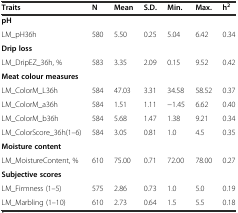
<table><thead><tr><td><b>Traits</b></td><td><b>N</b></td><td><b>Mean</b></td><td><b>S.D.</b></td><td><b>Min.</b></td><td><b>Max.</b></td><td><b>h<sup>2</sup></b></td></tr></thead><tbody><tr><td><b>pH</b></td><td></td><td></td><td></td><td></td><td></td><td></td></tr><tr><td>LM_pH36h</td><td>580</td><td>5.50</td><td>0.25</td><td>5.04</td><td>6.42</td><td>0.34</td></tr><tr><td><b>Drip loss</b></td><td></td><td></td><td></td><td></td><td></td><td></td></tr><tr><td>LM_DripEZ_36h, %</td><td>583</td><td>3.35</td><td>2.09</td><td>0.15</td><td>9.52</td><td>0.42</td></tr><tr><td><b>Meat colour measures</b></td><td></td><td></td><td></td><td></td><td></td><td></td></tr><tr><td>LM_ColorM_L36h</td><td>584</td><td>47.03</td><td>3.31</td><td>34.58</td><td>58.52</td><td>0.37</td></tr><tr><td>LM_ColorM_a36h</td><td>584</td><td>1.51</td><td>1.11</td><td>−1.45</td><td>6.62</td><td>0.40</td></tr><tr><td>LM_ColorM_b36h</td><td>584</td><td>5.68</td><td>1.47</td><td>1.38</td><td>9.21</td><td>0.34</td></tr><tr><td>LM_ColorScore_36h(1–6)</td><td>584</td><td>3.05</td><td>0.81</td><td>1.0</td><td>4.5</td><td>0.35</td></tr><tr><td><b>Moisture content</b></td><td></td><td></td><td></td><td></td><td></td><td></td></tr><tr><td>LM_MoistureContent, %</td><td>610</td><td>75.00</td><td>0.71</td><td>72.00</td><td>78.00</td><td>0.27</td></tr><tr><td><b>Subjective scores</b></td><td></td><td></td><td></td><td></td><td></td><td></td></tr><tr><td>LM_Firmness (1–5)</td><td>575</td><td>2.86</td><td>0.73</td><td>1.0</td><td>5.0</td><td>0.19</td></tr><tr><td>LM_Marbling (1–10)</td><td>610</td><td>2.73</td><td>0.64</td><td>1.5</td><td>5.5</td><td>0.18</td></tr></tbody></table>